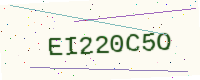
Text: EI220C5O